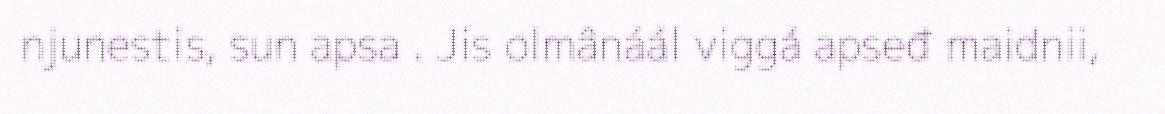
njunestis, sun apsa . Jis olmânáál viggá apseđ maidnii,